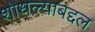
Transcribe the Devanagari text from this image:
शोधल्याबद्दल